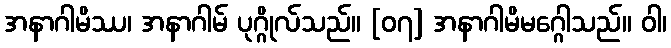
အနာဂါမိဿ၊ အနာဂါမ် ပုဂ္ဂိုလ်သည်။ [၀၇] အနာဂါမိမဂ္ဂေါသည်။ ဝါ၊